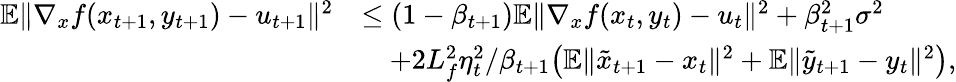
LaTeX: \begin{array}{rl}{\mathbb{E}\| \nabla_{x}f(x_{t+1},y_{t+1})-u_{t+1}\| ^{2}}&{\leq(1-\beta_{t+1})\mathbb{E}\| \nabla_{x}f(x_{t},y_{t})-u_{t}\| ^{2}+\beta_{t+1}^{2}\sigma^{2}}\\ &{\quad+2L_{f}^{2}\eta_{t}^{2}/\beta_{t+1}\big(\mathbb{E}\| \tilde{x}_{t+1}-x_{t}\| ^{2}+\mathbb{E}\| \tilde{y}_{t+1}-y_{t}\| ^{2}\big),}\end{array}